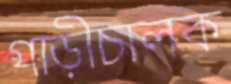
গাড়ীচালক